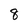
Character: 8